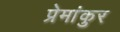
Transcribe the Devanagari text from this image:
प्रेमांकुर